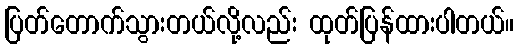
ပြတ်တောက်သွားတယ်လို့လည်း ထုတ်ပြန်ထားပါတယ်။